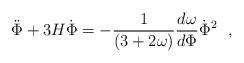
LaTeX: \begin{align*}{ {\ddot \Phi +3H\dot \Phi= -{1 \over (3+2\omega)} {d\omega\over d\Phi} \dot \Phi^2 }\ \ ,} \end{align*}